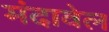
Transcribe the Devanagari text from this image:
मंदावेल